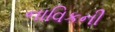
નાવિકની